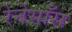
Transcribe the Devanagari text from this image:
रेनेसाँस